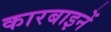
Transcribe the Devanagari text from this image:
कारबाइनें